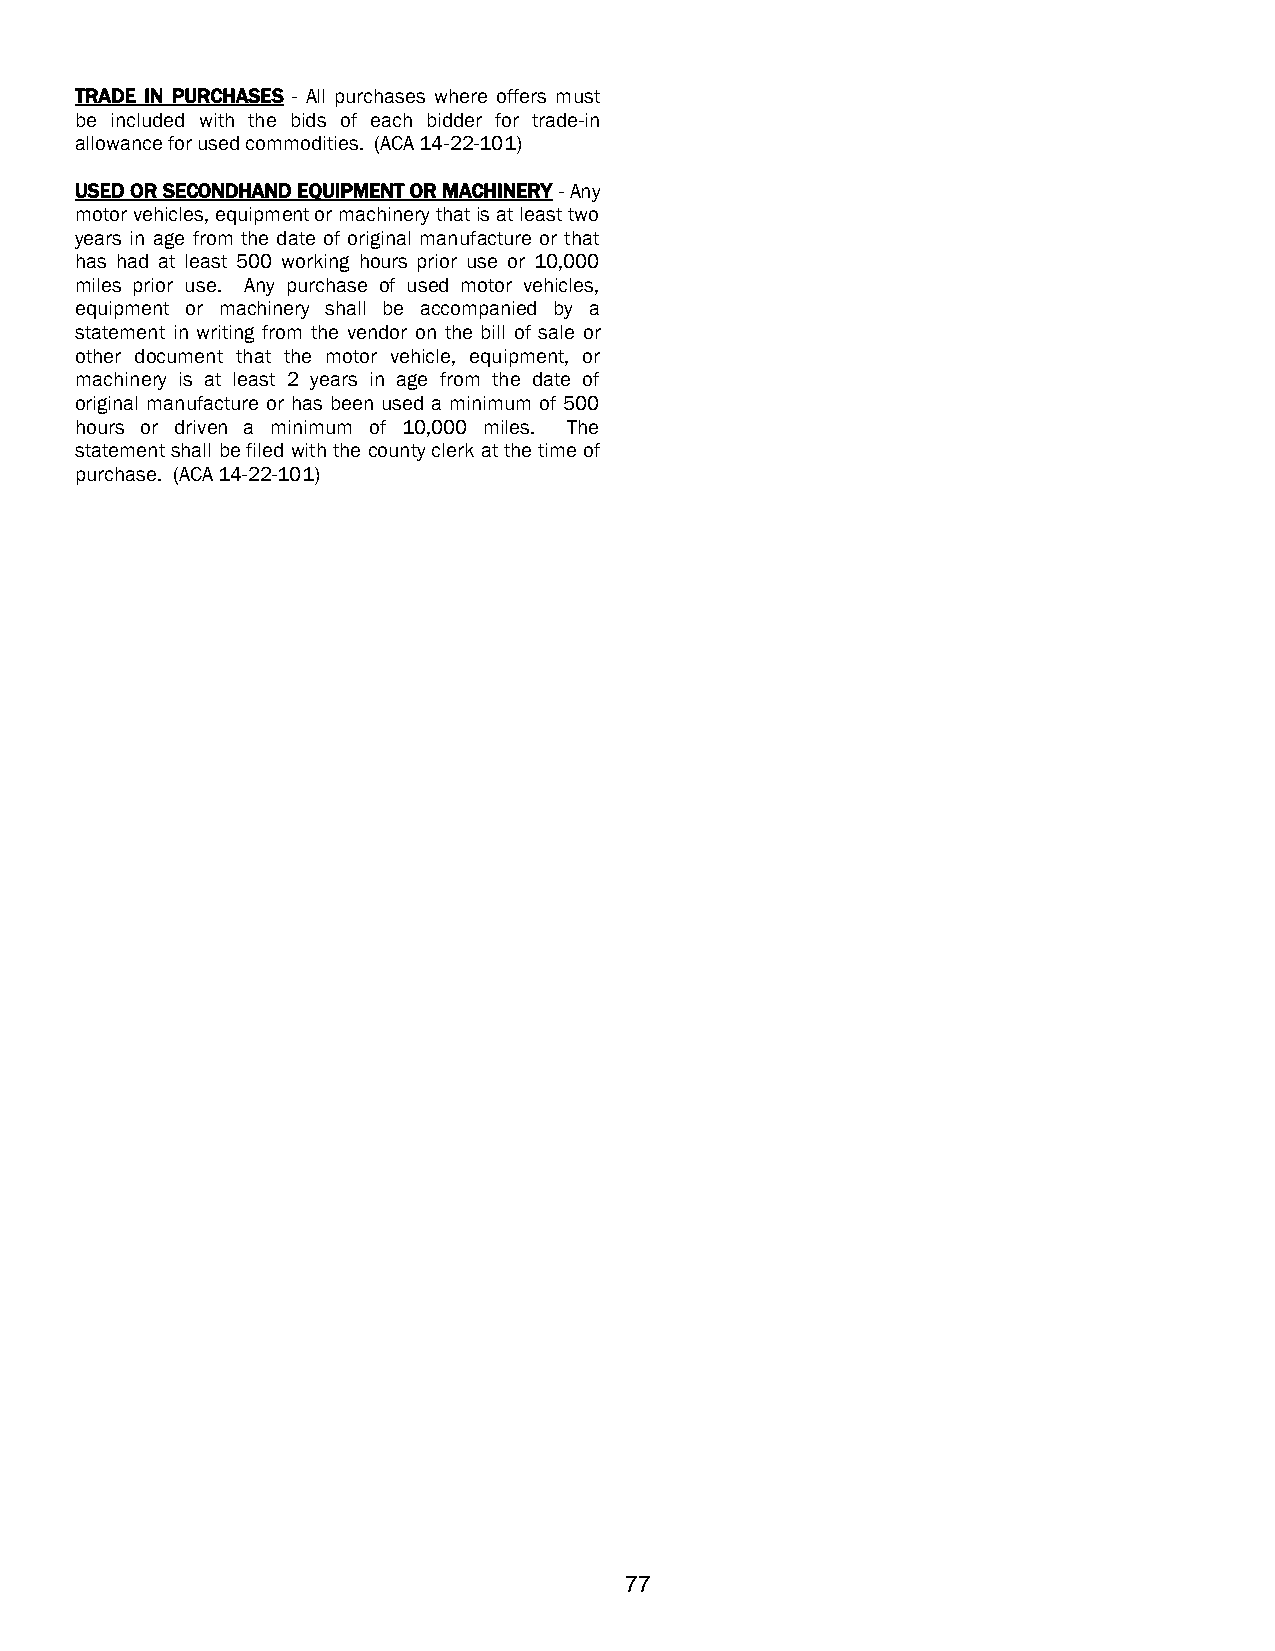
TRADE IN PURCHASES - All purchases where offers must
 be included with the bids of each bidder for trade-in
 allowance for used commodities. (ACA 14-22-101)
 USED OR SECONDHAND EQUIPMENT OR MACHINERY - Any
 motor vehicles, equipment or machinery that is at least two
 years in age from the date of original manufacture or that
 has had at least 500 working hours prior use or 10,000
 miles prior use. Any purchase of used motor vehicles,
 equipment or machinery shall be accompanied by a
 statement in writing from the vendor on the bill of sale or
 other document that the motor vehicle, equipment, or
 machinery is at least 2 years in age from the date of
 original manufacture or has been used a minimum of 500
 hours or driven a minimum of 10,000 miles. The
 statement shall be filed with the county clerk at the time of
 purchase. (ACA 14-22-101)
 77